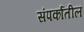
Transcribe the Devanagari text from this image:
संपर्कातील